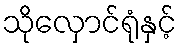
သိုလှောင်ရုံနှင့်